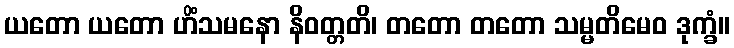
ယတော ယတော ဟိံသမနော နိဝတ္တတိ၊ တတော တတော သမ္မတိမေဝ ဒုက္ခံ။